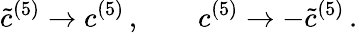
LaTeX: {\tilde{c}}^{(5)}\rightarrow c^{(5)}\, ,\qquad c^{(5)}\rightarrow-{\tilde{c}}^{(5)}\, .\,